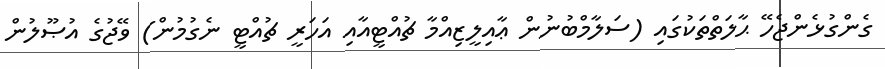
ގެންގުޅެންޖެހޭ ޙާލަތްތަކުގައި (ސަލާމްބުނުން ޢާއިލީޒިއްމާ ޗުއްޓީއާއި އަހަރީ ޗުއްޓީ ނެގުމުން) ވޭޖުގެ އުޞޫލުން